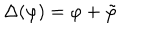
LaTeX: \Delta ( \varphi ) = \varphi + \tilde { \varphi }